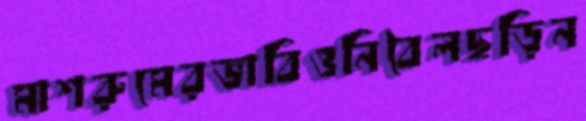
মাশরুমেরভাবিওনিবৈলছড়িন